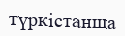
түркістанша